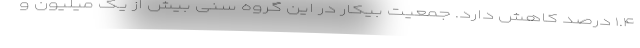
۱.۴ درصد کاهش دارد. جمعیت بیکار در این گروه سنی بیش از یک میلیون و